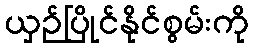
ယှဉ်ပြိုင်နိုင်စွမ်းကို